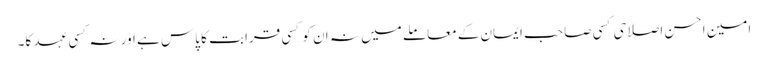
امین احسن اصلاحی کسی صاحب ایمان کے معاملے میں نہ ان کو کسی قرابت کا پاس ہے اور نہ کسی عہد کا۔